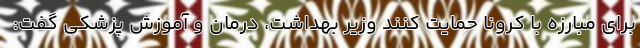
برای مبارزه با کرونا حمایت کنند وزیر بهداشت، درمان و آموزش پزشکی گفت: